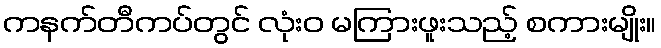
ကနက်တီကပ်တွင် လုံးဝ မကြားဖူးသည့် စကားမျိုး။